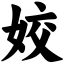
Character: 姣